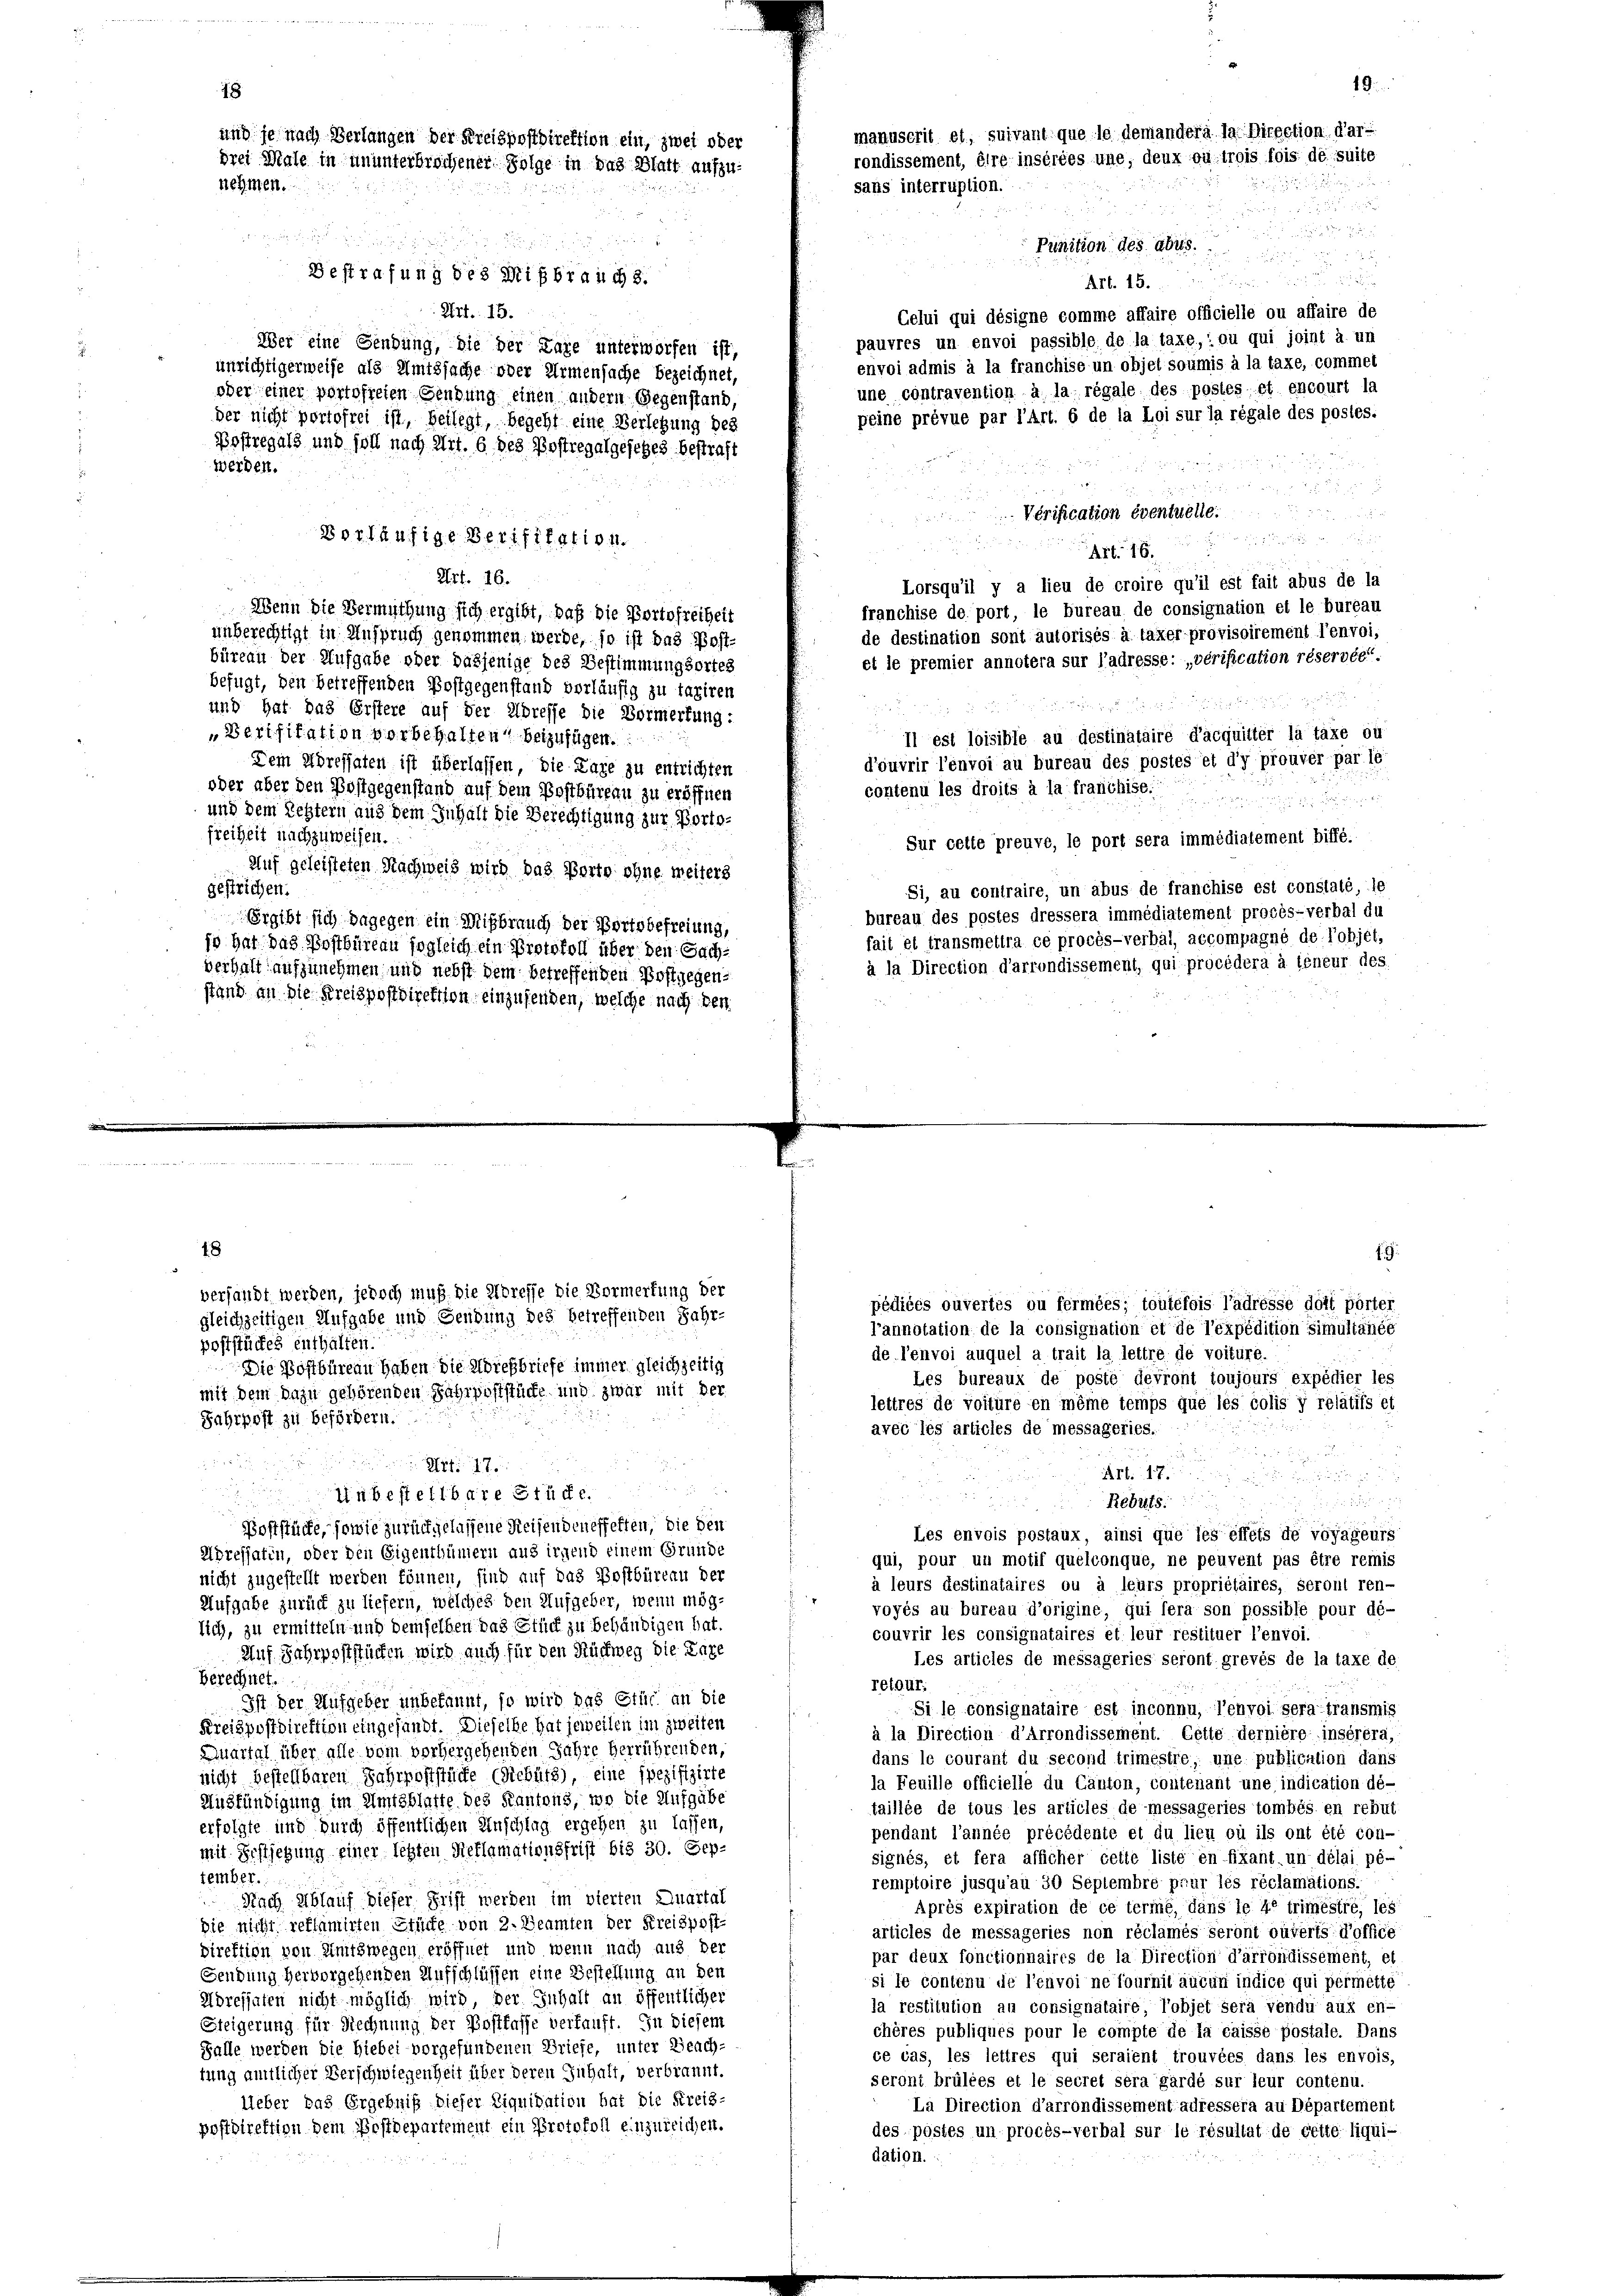
18

18
und je nach Verlangen der Kreispostdirektion ein, zwei oder
drei Male in ununterbrochener Folge in das Blatt aufzu-
nehmen.

19.
manuscrit et, suivant que le demanderà la Direction dar-
rondissement, être insérées une, deux ou trois fois de suite
dr es d
sans interruption.
d

.
Punition des Abt
Bestrafung des Mißbrauchs.
Art. 15. in dann ein wieder
Art. 15.
Celui qui désigne comme affaire officielle ou affaire de
pauvres un envoi passible de la taxe,: ou qui joint à un
Wer eine Sendung, die der Pare unterworfen ist,
envoi admis à la franchise un objet soumis à la taxe, commet
unrichtigerweise als Amtssache oder Armensache bezeichnet,
une contravention à la régale des postes et encourt la
oder einer portofreien Gendung einen andern Gegenstand,
peine prévue par l’Art. 6 de la Loi sur la régale des postes.
der nicht portofrei ist, beilegt, begeht eine Verlegung des
Postregals und soll nach Art. 6 des Postregalgesches bestraft
werden.

Verification eventuelle.
ä
vorläufige Verifikation.

ein Kinderen der
Art. 16.
Lorsqu’il y a lieu de croire qu’il est fait abus de la
franchise de port, le bureau de consignation et le bureau
Wenn die Vermuthung sich ergibt, daß die Portofreiheit
de destination sont autorisés à taxer provisoirement l’envoi,
unberechtigt in Anspruch genommen werde, so ist das Post
büreau der Aufgabe oder dasjenige des Bestimmungsortes
et le premier annotera sur l’adresse: „verification réservée.
befugt, den betreffenden Postgegenstand vorläufig zu taxiren
und hat das Erstere auf der Adresse die Vormerkung:
Verification vorbehalten, beizufügen.
Il est loisible au destinataire d’acquitter la taxe ou
d’ouvrir l’envoi au bureau des postes et d’y prouver par le
Dem Adressaten ist überlassen, die Lage zu entrichten
oder über den Postgegenstand auf dem Postbüreau zu eröffnen
contenu les droits à la franchise.

und dem Restern aus dem Zuhalt die Berechtigung zur Portofreiheit nachzuweisen.
Sur cette preuve, le port sera immédiatement biffé.
Auf geleisteten Nachweis wird das Porte ohne weiters
Si, au contraire, un abus de franchise est constaté, le
gestrichen.
bureau des postes dressera immédiatement procès-verbal du
Ergibt sich dagegen ein Mißbrauch der Portsbefreiung,
fait et transmettra ce procès-verbal, accompagné de l’objet,
jo hat das Postbüreau sogleich ein Protokoll über den Sach-
à la Direction d’arrondissement, qui procédera à teneur des.
verhalt aufzunehmen und nebst dem betreffenden Postgegenstand an die Kreispostdirektion einzufenden, welche nach den

19.

versandt werden, jedoch muß die Abreffe die Vormerkung der
pédiées ouvertes ou fermées; toutefois l’adresse dort Pörter
gleichzeitigen Aufgabe und Sendung des betreffenden Jahr-
l’annotation de la consignation et de l’expédition simultanée
poststückes enthalten.
de l’envoi auquel a trait la lettre de voiture.
Die Postbüreau haben die Adressbriefe immer gleichzeitig
Les bureaux de posté devront toujours expédier les
mit dem Dazu gehörenden Fahrpoststücke und zwar mit der
lettres de voitüre en même temps que les colis y relatifs et
Jahrpost zu befördern.
avec les articles de messageries.

S 17.
Art. 17.

Unbestellbare Stude.

Rebuts:
Poststücke, sowie zurückgelassene Reisenden effeffen, die den
Les envois postaux, ainsi que les effets de voyageurs
Udressatin, oder den Eigenthümern aus irgend einem Grunde
qui, pour un motif quelconque, ne peuvent pas être remis
nicht zugestellt werden können, sind auf das Postbüreau der
à leurs destinataires ou à leurs propriétaires, seront ren-
Aufgabe zurück zu liefern, welches den Aufgeber, wenn mög-
voyés au bureau d’origine, qui sera son possible pour dé-
lich, zu ermitteln und demselben das Stück zu behändigen hat.
couvrir les consignataires et leur restituer l’envoi.
Auf Jahrpoststücken wird auch für den Rückweg die Enge
Les articles de messageries seront grevés de la taxe de
Berechnet.
retour.
Ist der Aufgeber unbekannt, so wird das Stüc an die
Si le consignataire est inconnu, l’envoi sera transmis
Kreispostdirektion eingesandt. Dieselbe hat jeweilen im zweiten
à la Direction d’arrondissement. Cette dernière insérera,
Quartal über alle vom vorhergehenden Jahre herrührenden,
dans le courant du second trimestre; une publication dans
nicht bestellbaren Jahrpoststücke (Riebütz) eine spezifizirte
la Feuille officielle du Canton, contenant une indication dé-
Ausfündigung im Amtsblatte des Kantons, wo die Aufgabe
taillée de tous les articles de messageries tombés en rebut
erfolgte und durch öffentlichen Anschlag ergehen zu lassen,
pendant l’année précédente et du lieu où ils ont été con-
mit Erstiegung einer letzten Sieflamationsfrist bis 30. Sep-
signés, et fera afficher cette liste en fixant. un délai pé-
tember.
remptoire jusqu’au 30 Septembre pour les réclamations.
Nach Ablauf dieser Frist werden im vierten Quartal
Après expiration de ce terme, dans le de trimésire, les
die nicht reflamirten Stücke von 2. Beamten der Kreispost-
articles de messageries non réclamés seront ouverts d’office
Direktion von Amtswegen eröffnet und wenn nach aus der
par deux fonctionnaires de la Direction d’arrondissement, el
Sendung hervorgehenden Aufschlüssen eine Bestellung an den
si le contenu de l’envoi ne fournit aucun indice qui permette
Hdressaten nicht möglich wird der Inhalt an öffentlicher
la restitution an consignataire Tobjet sera vendu aux en-
Steigerung für Rechnung der Postfasse verkauft. In diesem
chères publiques pour le compte de la caisse postale. Dans
Falle werden die Hiebei vorgefundenen Briefe, unter Beach-
ce cas, les lettres qui seraient trouvées dans les envois,
fung amtlicher Verschwiegenheit über deren Zuhalt, verbrannt.
seront brülées et le secret sera gardé sur leur contenu.
Ueber bas Ergebniß dieser Liquidation hat die Kreis-
La Direction d’arrondissement adressera au Département
postdirektion dem Postdepartement ein Protokoll einzureichen.
des postes un procès-verbal sur le résultat de cette liqui-
dation.